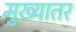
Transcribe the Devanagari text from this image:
मुख्यातर